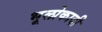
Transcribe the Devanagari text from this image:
भूलोकादी